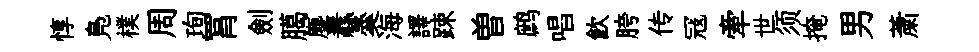
惇鳬樸周珣罥劍臈塵纛羮海譯踈曽鹧唱飲胯传冦牽世须掩男䔥